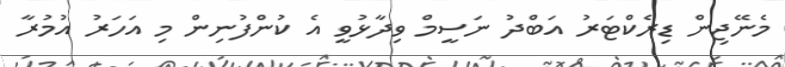
މެނޭޖިން ޑިރެކްޓަރު އަބްދު ނަސީމް ވިދާޅުވީ އެ ކުންފުނިން މި އަހަރު އުމުރާ